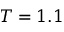
T = 1 . 1